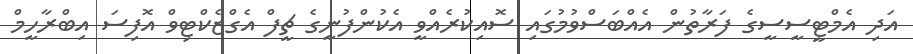
އަދި އެމްޓީސީސީގެ ފަރާތުން އެއްބަސްވުމުގައި ސޮއިކުރެއްވީ އެކުންފުނީގެ ޗީފް އެގްޒެކްޓިވް އޮފިސަ އިބްރާހީމް